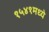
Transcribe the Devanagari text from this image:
१५४१मध्ये